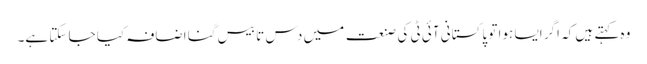
وہ کہتے ہیں کہ اگر ایسا ہوا تو پاکستانی آئی ٹی کی صنعت میں دس تا بیس گنا اضافہ کیا جا سکتا ہے۔